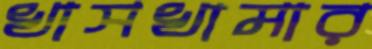
খাসখামার